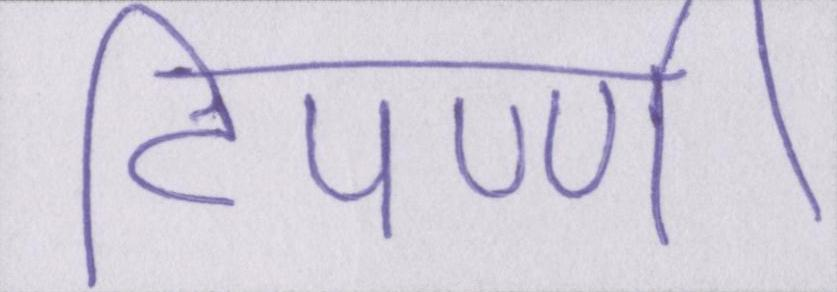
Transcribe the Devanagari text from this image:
टिपण्णी